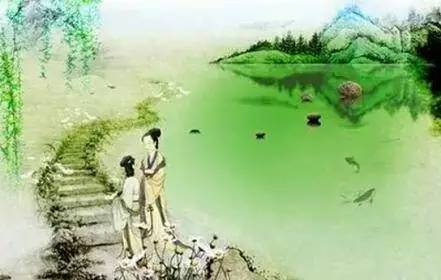
算韶华，又因循过了，清明时候。